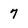
Character: 7